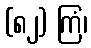
(၈၂) ကြံ၊